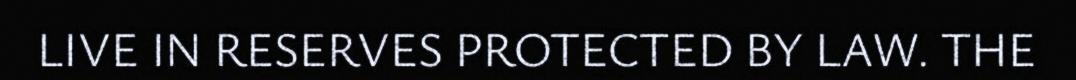
LIVE IN RESERVES PROTECTED BY LAW. THE